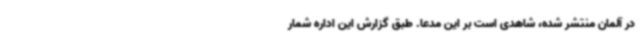
در آلمان منتشر شده، شاهدی است بر این مدعا. طبق گزارش این اداره شمار